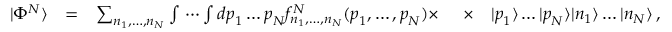
\begin{array} { r l r l r } { | \Phi ^ { N } \rangle } & { = } & { \sum _ { n _ { 1 } , \dots , n _ { N } } \int \, \cdots \int d \boldsymbol { p } _ { 1 } \dots \boldsymbol { p } _ { N } f _ { n _ { 1 } , \dots , n _ { N } } ^ { N } ( \boldsymbol { p } _ { 1 } , \dots , \boldsymbol { p } _ { N } ) \times \ } & { \times } & { | \boldsymbol { p } _ { 1 } \rangle \dots | \boldsymbol { p } _ { N } \rangle | n _ { 1 } \rangle \dots | n _ { N } \rangle \, , } \end{array}